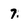
Character: 7